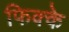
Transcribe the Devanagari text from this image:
फिक्के